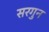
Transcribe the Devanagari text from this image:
सरगुन